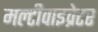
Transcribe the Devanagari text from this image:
मल्टीवाइव्रेटर